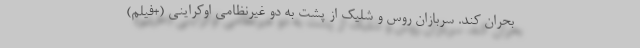
بحران کند. سربازان روس و شلیک از پشت به دو غیرنظامی اوکراینی (+فیلم)